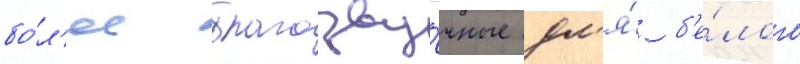
бо́л'ее благозву́чные дл'я́ б'е́лого